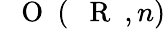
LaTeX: \mathrm{~{~\mathbf~O~}~}(\mathrm{~{~\mathbf~R~}~},n)